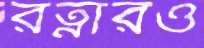
রত্নারও